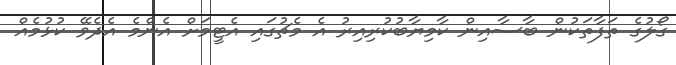
ގޯލުގެ ތަފާތަކުން ބާސާއިން ކާމިޔާބުކުރިއިރު އެ މެޗުގައި އެޓީމަށް އެންމެ އެދެވޭ ކުޅުމެއް